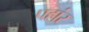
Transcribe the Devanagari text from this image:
पहांर